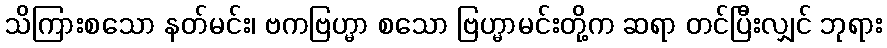
သိကြားစသော နတ်မင်း၊ ဗကဗြဟ္မာ စသော ဗြဟ္မာမင်းတို့က ဆရာ တင်ပြီးလျှင် ဘုရား